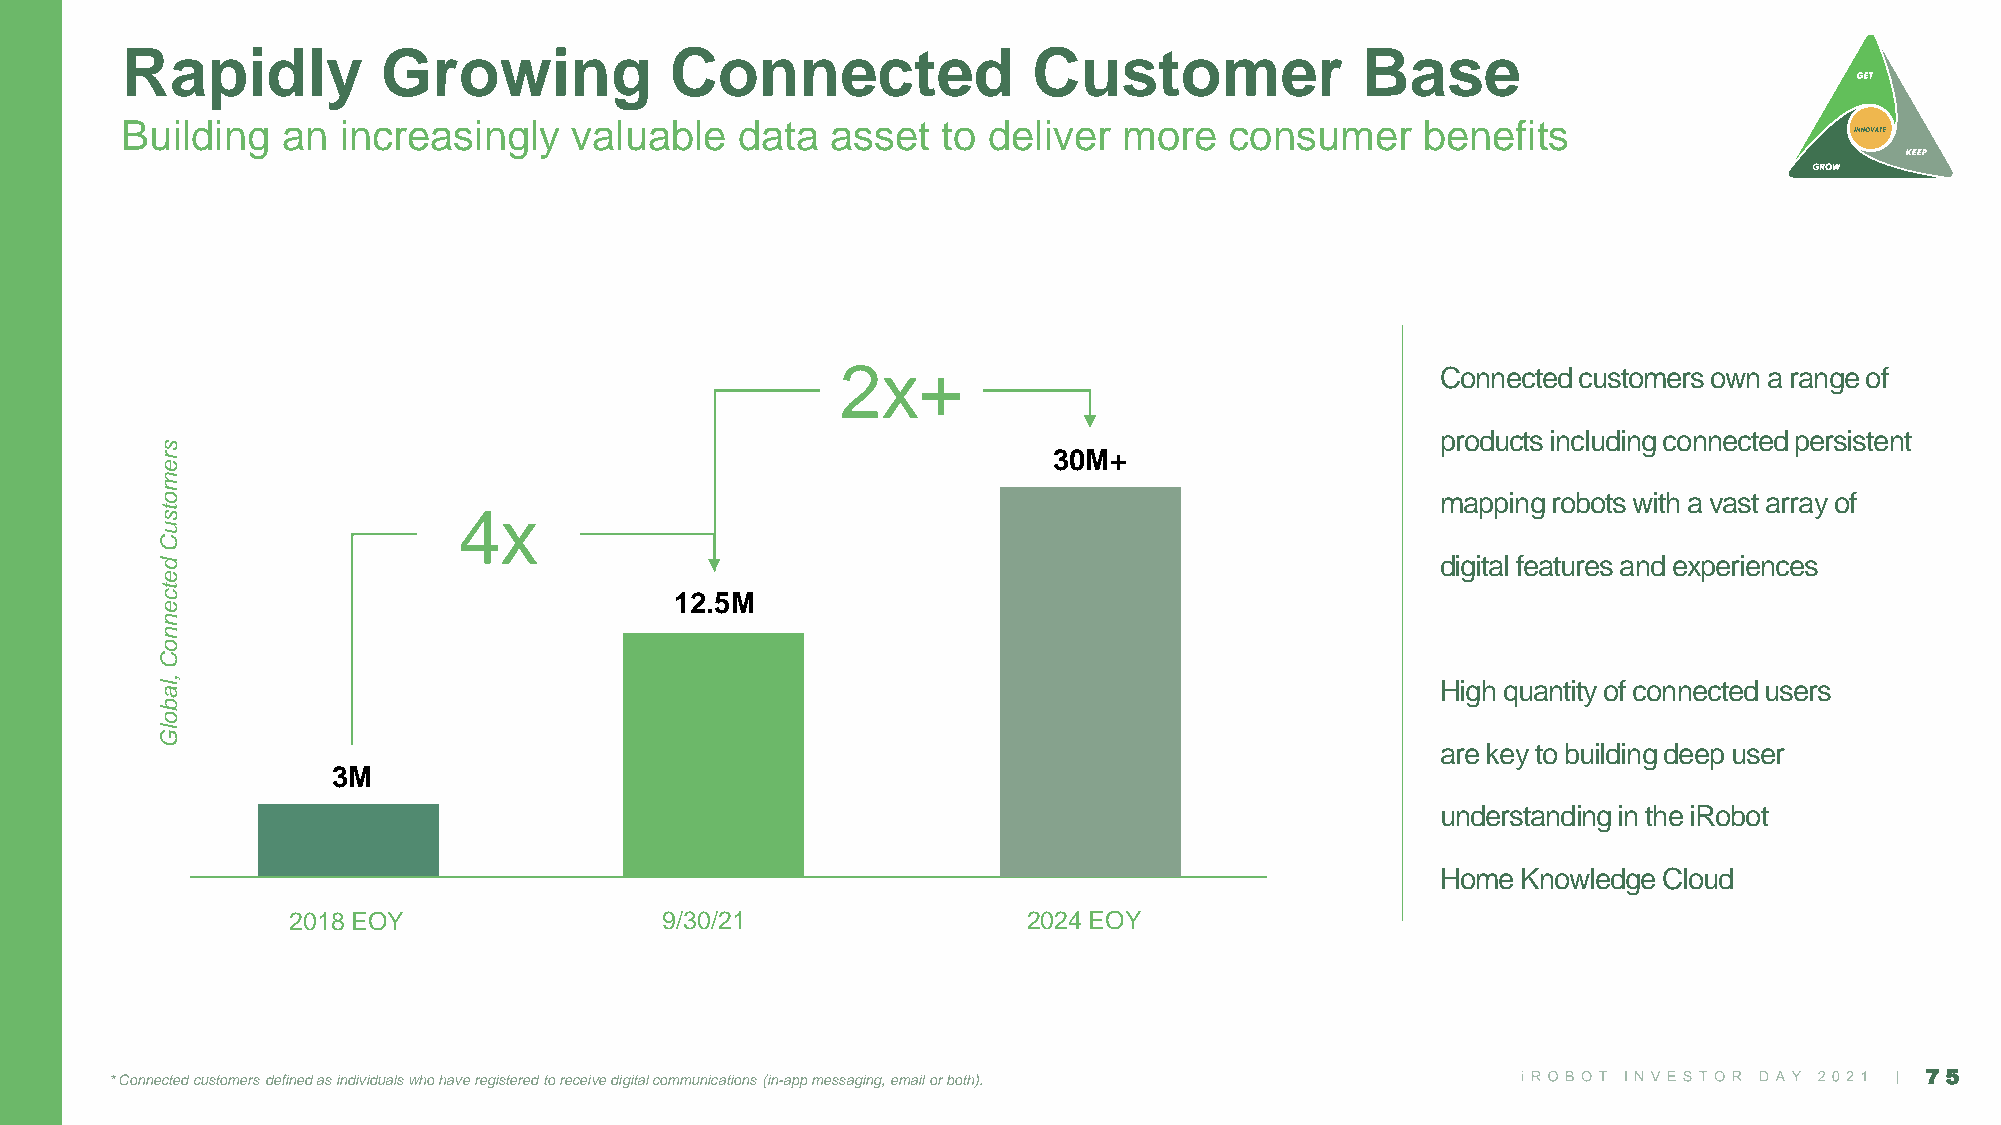
Rapidly          Growing            Connected               Customer              Base
 Building   an increasingly    valuable   data  asset  to deliver  more   consumer     benefits
 2x+
 Connected customers own a range of
 products including connected persistent
 s
 r                                                          30M+
 e
 m
 o                                                                                   mapping robots with a vast array of
 t                  4x
 s
 u
 C
 d                                                                                   digital features and experiences
 e
 t
 c                                 12.5M
 e
 n
 n
 o
 C
 , la                                                                                High quantity of connected users
 b
 o
 lG
 are key to building deep user
 3M
 understanding in the iRobot
 Home  Knowledge Cloud
 2018 EOY                 9/30/21                 2024 EOY
 * Connected customers defined as individuals who have registered to receive digital communications (in-app messaging, email or both). 75